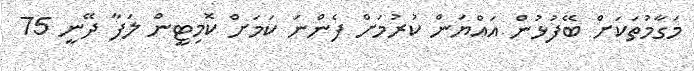
މަގާމުތަކަށް ބޭފުޅުން އައްޔަން ކުރުމަށް ފެންނަ ކަމަށް ކޮމިޓީން ލަފާ ދޭނީ 75